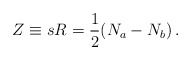
\begin{align*}Z \equiv sR= {1\over 2} (N_a - N_b)\, .\end{align*}